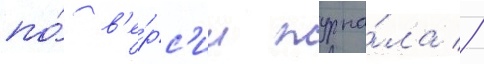
по́ в'е́рс'ии журна́ла //